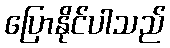
ပြောနိုင်ပါသည်